Report on sanitation, dispensaries, and jails in Rajputana for 1909, and on vaccination for the year 1909-1910 - 1909-1910
Year: 1909
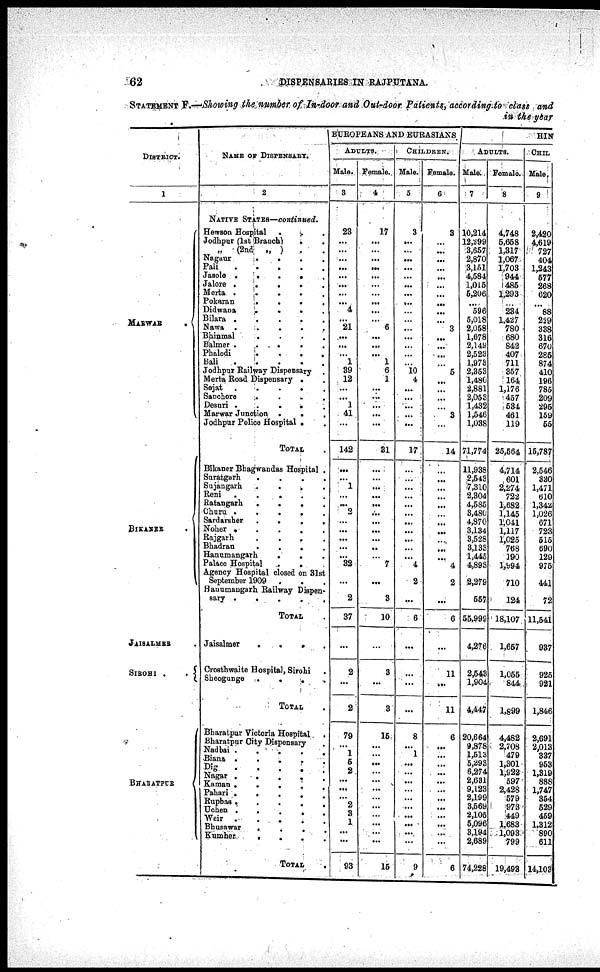
62
DISPENSARIES
IN RAJPUTANA.
STATEMENT F.—Showing the number of In-door and Out-door patients, according to class and
in the year
DISTRICT.
1
MARWAR
.
BIKANER .
JAISALMER .
SIROHI
.
BHARATPUR
NAME OF DISPENSARY.
2
NATEVE STATES—continued.
Hewson Hospital. . .
Jodhpur (1st Branch)
. .
„ (2nd
., ) . .
Nagaur .
. . .
Pali
.
.
.
.
.
Jasole
.
.
.
.
.
Jalore . . . . .
Marta
.
.
.
.
.
Pokaran
.
.
.
.
Didvana
.
.
. .
Bilara
.
.
.
.
.
Nawa
.
.
.
.
.
Bhiamal
. . . .
Balmer .
.
.
.
.
Phalodi
.
.
.
.
Bali
. . . . .
Jodhpur Railway Dispensary .
Maria Road Dispensary . .
Sojat
.
.
.
.
.
Sanchore
.
.
.
.
Desuri
.
.
.
.
.
Marwar Junction .
. .
Jodhpar Police Hospital . .
TOTAL
Bikaner Bhagwandas Hospital .
Suratgarh
.
.
.
.
Sujangarh
.
.
.
.
Rani
.
.
.
.
.
Ratangarh
.
.
.
.
Churu .
.
.
.
.
Sardarsher
.
.
.
.
Noher
.
.
.
.
.
Rajgarh
.
.
.
.
Bhadran
.
.
.
.
Hanumangrah
.
. .
Palace Hospital . . .
Agency Hospital closed on 31st
September 1909 . . .
Hanumangarh Railway Dispen¬
sary
.
.
.
.
.
TOTAL .
Jaisalmer
.
.
.
.
Crosthwaite Hospital, Sirohi
Sheogunge
.
.
.
.
TOTAL .
Bharatpur Victoria Hospital .
Bharatpur City Dispensary .
Nadbai
.
.
.
.
.
Biana .
.
.
. .
Dig
.
.
.
.
.
Nagar
.
.
.
.
.
Kaman.
.
.
. .
Pahari .
.
.
. .
Rupbas .
.
.
. .
Uchen . . . . .
Weir
.
.
.
. .
Bhusavar
. . . .
Kumher
.
. . .
TOTAL .
EUROPEANS AND ERRASIANS
ADULTS.
Male.
3
23
...
...
...
...
...
...
...
...
4
...
21
...
...
...
1
39
12
...
...
1
41
...
142
...
...
1
...
...
2
...
...
...
...
...
32
...
2
37
...
2
...
2
79
...
1
5
2
...
...
...
2
3
1
...
...
93
Female.
4
17
...
...
...
...
...
...
...
...
...
...
6
...
...
...
1
6
1
...
...
...
...
...
31
...
...
...
...
...
...
...
...
...
...
...
7
...
3
10
...
3
...
3
15
...
...
...
...
...
...
...
...
...
...
...
...
15
CHILDREN.
Male.
5
3
...
...
...
...
...
...
...
...
...
...
...
...
...
...
...
10
4
...
...
...
...
...
17
...
...
...
...
...
...
...
...
...
...
...
4
2
...
6
...
...
...
...
8
...
1
...
...
...
...
...
...
...
...
...
...
9
Female.
6
3
...
...
...
...
...
...
...
...
...
...
3
...
...
...
...
5
...
...
...
...
3
...
14
...
...
...
...
...
...
...
...
...
...
...
4
2
...
6
...
11
...
11
6
...
...
...
...
...
...
...
...
...
...
...
...
6
HIN
ADULTS.
Male.
7
10,214
12,299
3,657
2,870
8,151
4,584
1,015
5,206
...
596
5,018
2,058
1,678
2,149
2,523
1,973
2,353
1,480
2,881
2,053
1,432
1,546
1,038
71,774
11,938
2,543
7,310
2,304
4,585
3,480
4,870
3,134
3,528
3,133
1,445
4,893
2,279
557
55,999
4,276
2.543
1,904
4,447
20,664
9,878
1,513
5,293
6,274
2,631
9,123
2,199
3,569
2,.105
5,096
3,194
2,689
74,228
Female.
8
4,748
5,658
1,317
1,067
1,703
944
485
1,293
...
234
1,427
780
680
842
407
711
357
164
1,176
457
584
451
119
25,564
4,714
601
2,274
722
1,682
1,145
1,041
1,117
1,025
768
190
1,994
710
124
18,107
1,657
1,055
844
1,899
4,482
2,708
479
1,301
1,922
597
2,428
579
973
449
1,683
1,093
799
19,493
CHIL
Male.
9
2,420
4,619
727
404
1,243
577
268
620
...
88
219
338
316
670
285
874
410
196
785
209
295
159
55
15,787
2,546
330
1,471
610
1,342
1,026
671
723
515
690
129
975
441
72
11,541
937
925
921
1,846
2,691
2,013
337
953
1,319
888
1,747
354
529
459
1,312
890
611
14,103